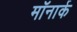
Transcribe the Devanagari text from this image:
मॉनार्क